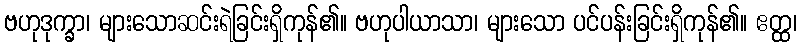
ဗဟုဒုက္ခာ၊ များသောဆင်းရဲခြင်းရှိကုန်၏။ ဗဟုပါယာသာ၊ များသော ပင်ပန်းခြင်းရှိကုန်၏။ ဧတ္ထ၊